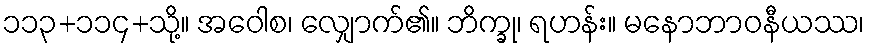
၁၁၃+၁၁၄+သို့။ အဝေါစ၊ လျှောက်၏။ ဘိက္ခု၊ ရဟန်း။ မနောဘာဝနီယဿ၊